Vaccination report Assam 1874-1896 - 1874-1896
Year: 1874
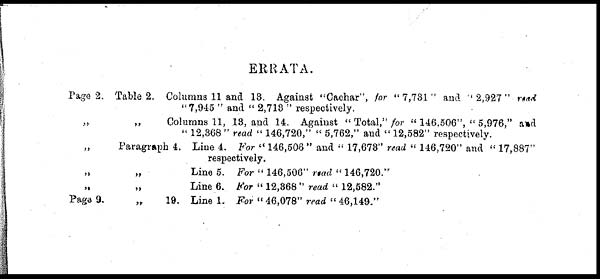
Page 2.
„
„
„
„
Page 9.
ERRATA.
Table 2. Columns 11 and 18. Against "Cachar", for "7,731" and " 2,927 " read
"7,945 " and " 2,718 " respectively.
„
Columns 11, 13, and 14, Against " Total," for " 146,506", " 5,976," and
"12,368" read ''146,720," ''5,762," and ''12,582" respectively.
Paragraph 4. Line 4. For " 146,506 " and '' 17,678" read " 146,720" and " 17,887"
respectively.
„
Line 5. For "146,506" read "146,720."
„
Line 6. For "12,368" read "12,582."
„
19. Line 1. For " 46,078" read''46,149."